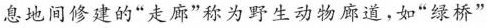
息地间修建的”走廊”称为野生动物廊道。如”绿桥”